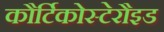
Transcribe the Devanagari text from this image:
कौर्टिकोस्टेरौइड